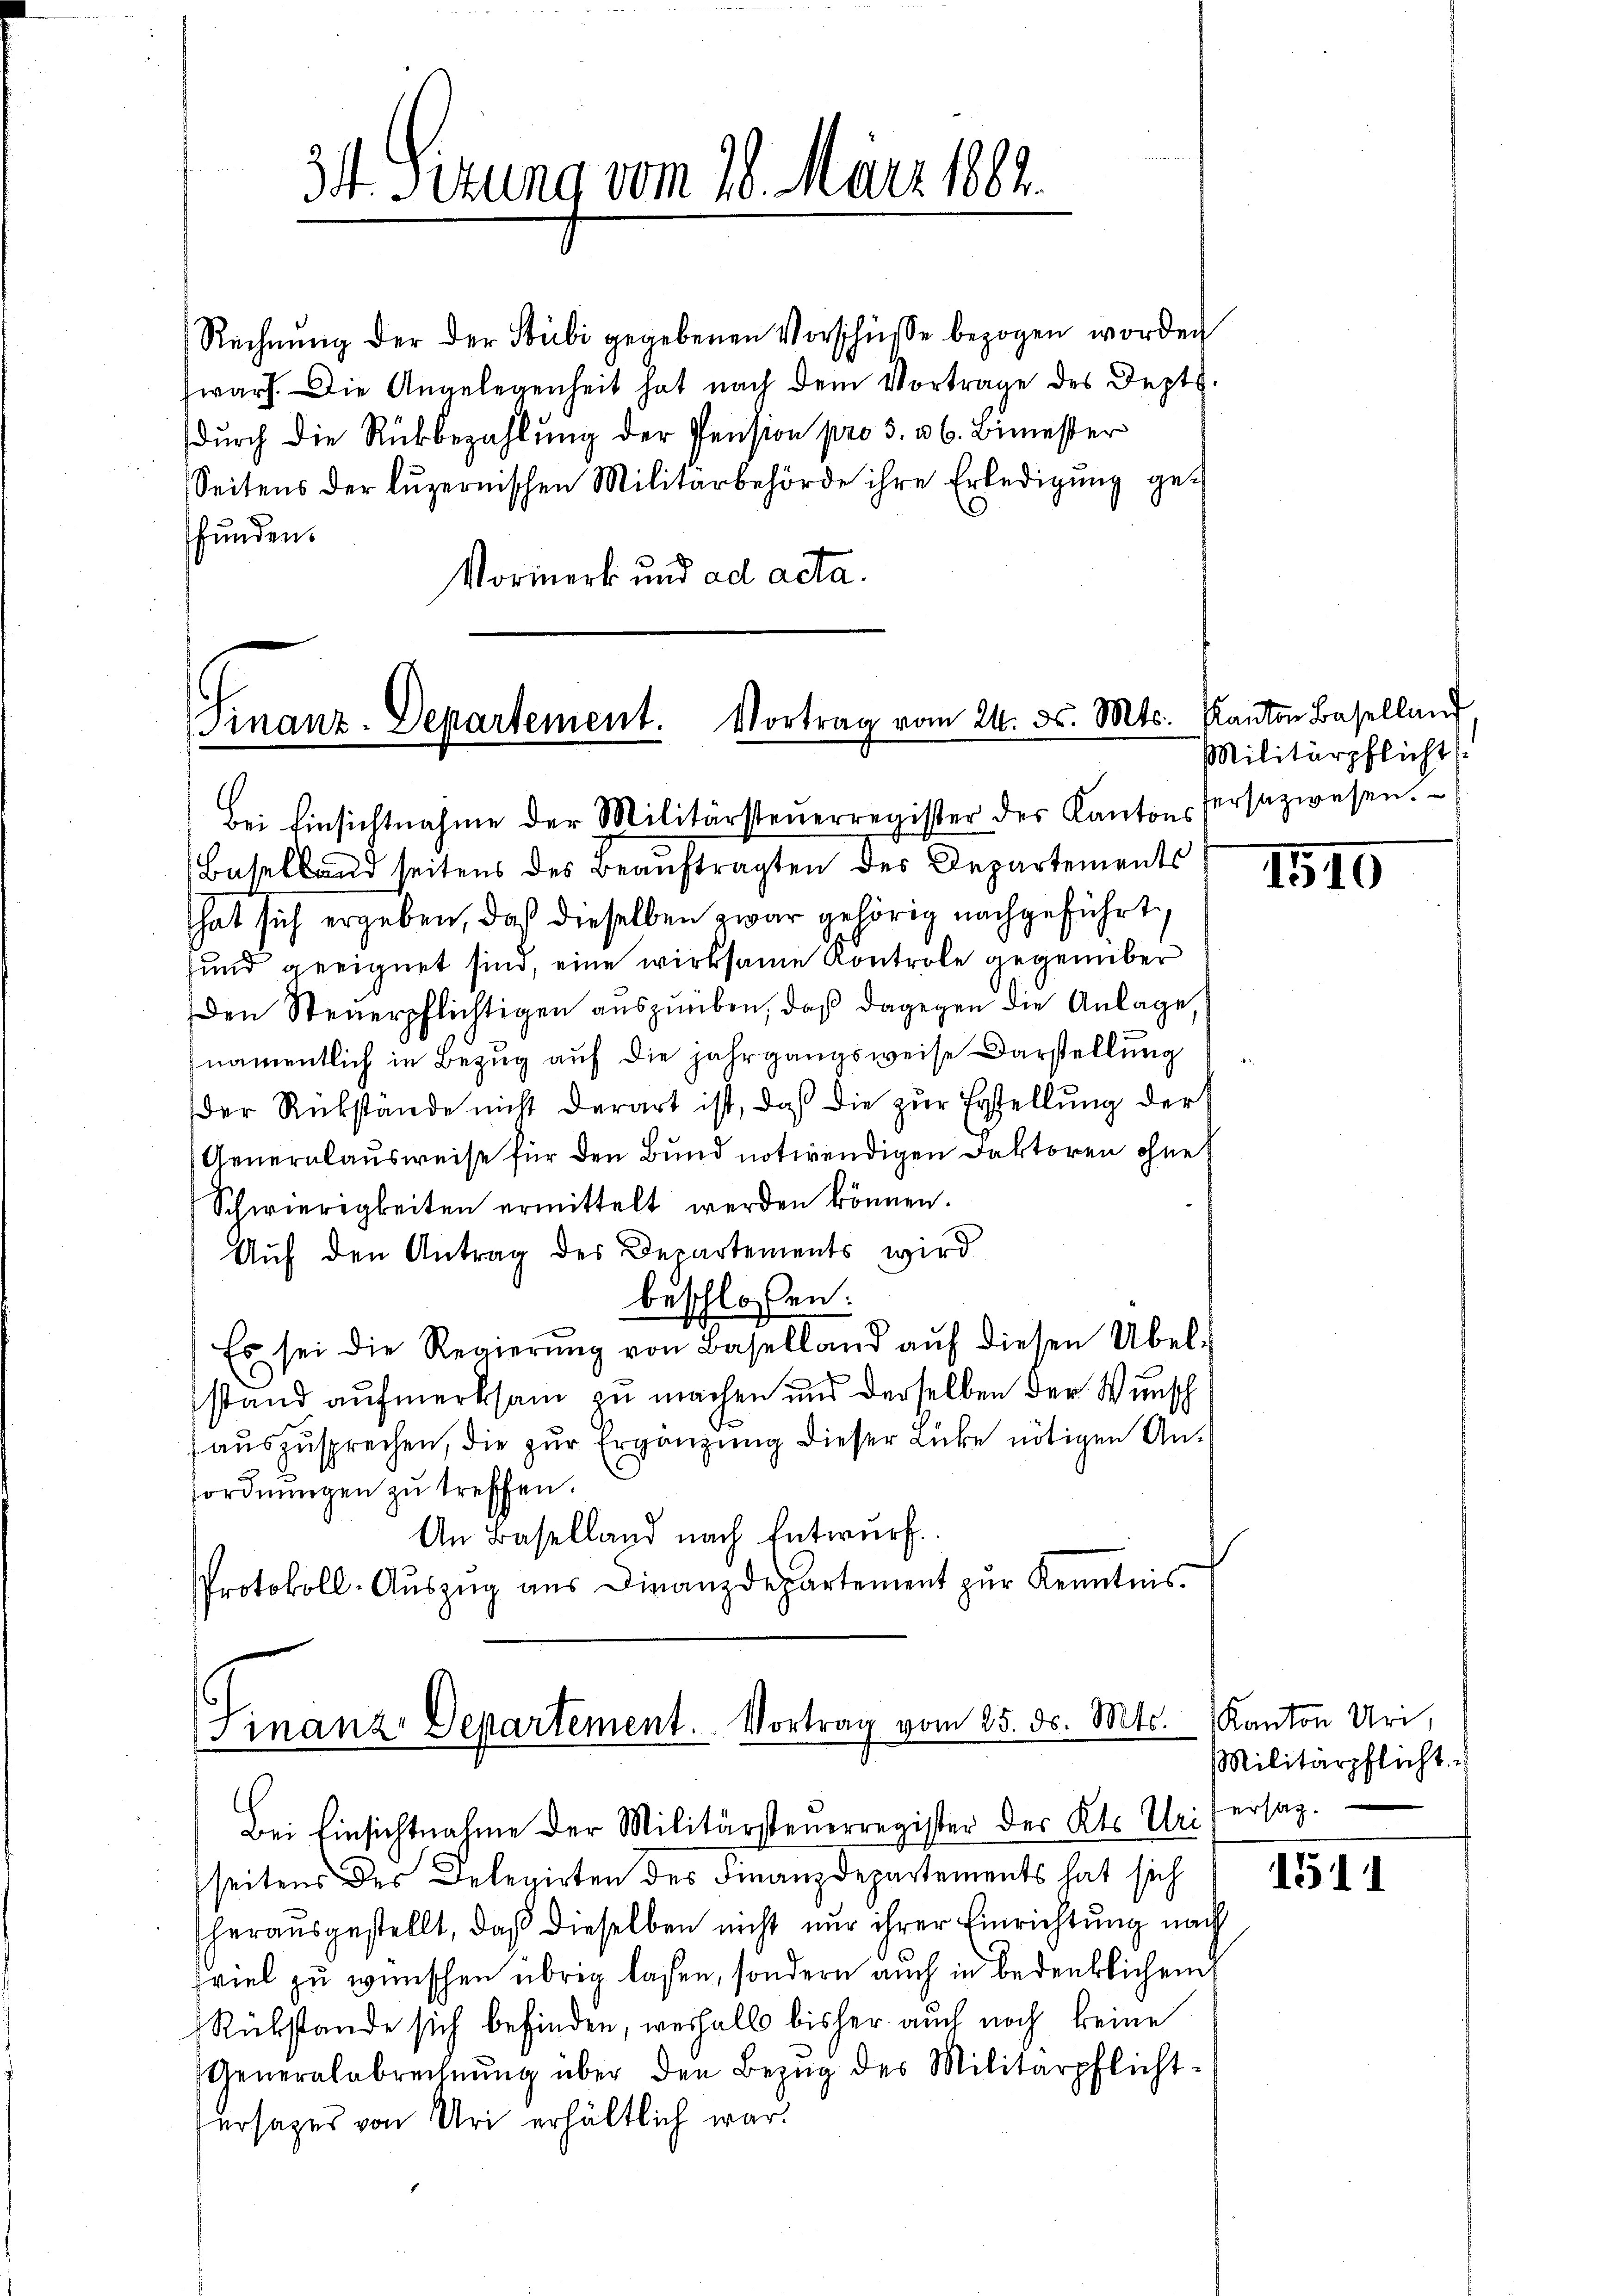
34 Sizung vom 18. März 182.

Rechnŭng der der Stubi gegebenen Vorschüsse bezogen worden
warf. Die Angelegenheit hat nach dem Vortrage des Sept.
durch die Rückbezahlung der Pension pro 3. v. 6. Bimester
Seitens der Lŭzernischen Militärbehörde ihre Erledigŭng gefunden.
Vormerk und ad acta.

Finanz-Departement. Vortrag vom 24. 55. Mts.

Bei Einsichtnahme der Militärsteŭerregister der Kantons hersazwesen.
Baselland seitens des Beaŭftragten des Departements
hat sich ergeben, daß dieselben zwar gehörig nachgeführt,
und geeignet sind, eine wirksame Kontrole gegenüber
Den Steuerpflichtigen auszuüben, daß dagegen die Anlage,
namentlich in Bezug auf die jahrgangsweise Darstellung
der Rükstände nicht derart ist, daß die zur Erstellung der
Generalausweise für den Bund notwendigen Faktoren ohne
Schwierigkeiten ermittelt werden können.
Auf den Antrag des Departements wird
beschlossen:
Es sei die Regierŭng von Baselland aŭf diesen Übel-
stand aufmerksam zu machen und derselben der Wunsch
auszusprechen, die zur Ergänzung dieser Lücke nötigen Anordnungen zu treffen.
An Baselland nach Entwurf.
Protokoll-Auszug aus Finanzdepartement zur Kenntnis.

Finanz-Departement. Vortrag vom 25. ds. Mts. Kanton Uri,

Kanton Baselland
Militärpflicht

Bei Einsichtnahme der Militärsteuerregister des Kts. Uri
seitens des Delegirten des Finanzdepartements hat sich
herausgestellt, daß dieselben nicht nur ihrer Einrichtung nach
fviel zu wünschen übrig laßen, sondern auch in bedenklichen
Rükstande sich befinden, weshalb bisher auch noch keine
Generalabrechnŭng über den Bezŭg des Militärpflicht-
ersatzes von Uri erhältlich war.

1510

Militärpflicht.
ersatz.

1511